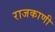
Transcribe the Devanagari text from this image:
राजकाणी